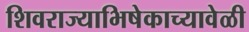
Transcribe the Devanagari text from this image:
शिवराज्याभिषेकाच्यावेळी